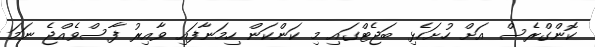
ކޮންގްރެސް އަށް ހުށަހެޅި ބަޖެޓްގައި މި ކަންކަން ހިމަނާފައި ވާއިރު ފާސްވެއްޖެ ނަމަ